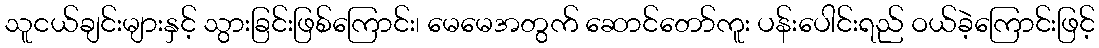
သူငယ်ချင်းများနှင့် သွားခြင်းဖြစ်ကြောင်း၊ မေမေအတွက် ဆောင်တော်ကူး ပန်းပေါင်းရည် ဝယ်ခဲ့ကြောင်းဖြင့်